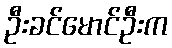
ဦးခင်မောင်ဦးက